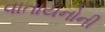
વાતાયનોની